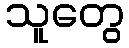
သူတွေ